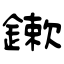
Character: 鏉